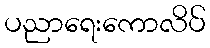
ပညာရေးကောလိပ်